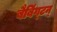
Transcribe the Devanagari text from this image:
बैबिंग्टन्